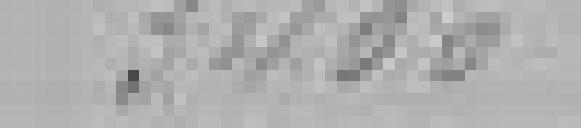
3400